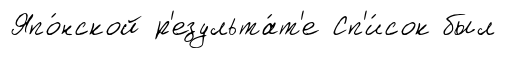
Япо́нской р'езульта́т'е Сп'и́сок был